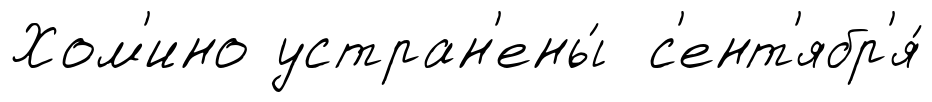
Хом'ино устран'ены́ с'ент'ябр'я́